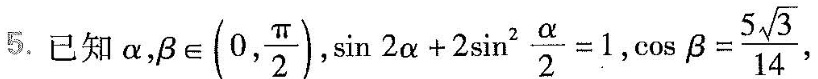
5.已知α , \beta \in (0, \frac{ \pi }{2}), $$\sin 2 \alpha + 2 \sin ^{2} \frac{ \alpha }{2} = 1$$, $$\cos \beta = \frac{5 \sqrt{3}}{14}$$，